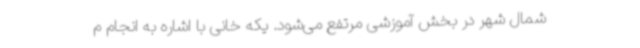
شمال شهر در بخش آموزشی مرتفع می‌شود. یکه خانی با اشاره به انجام م